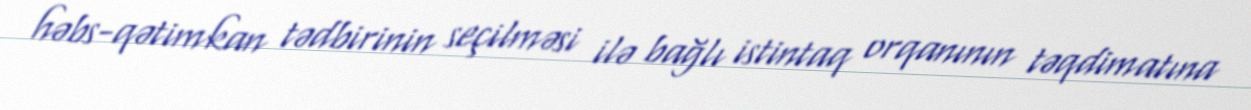
həbs-qətimkan tədbirinin seçilməsi ilə bağlı istintaq orqanının təqdimatına